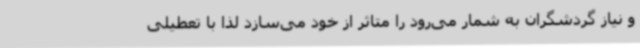
و نیاز گردشگران به شمار می‌رود را متاثر از خود می‌سازد لذا با تعطیلی